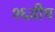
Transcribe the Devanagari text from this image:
१६वीम